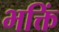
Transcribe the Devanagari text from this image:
भक्तिं